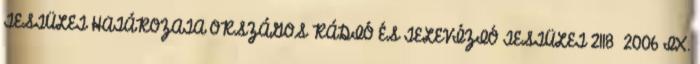
TESTÜLET HATÁROZATA ORSZÁGOS RÁDIÓ ÉS TELEVÍZIÓ TESTÜLET 2118 2006 IX.